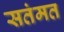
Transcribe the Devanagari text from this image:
सतंमत